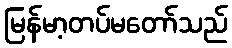
မြန်မာ့တပ်မတော်သည်